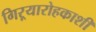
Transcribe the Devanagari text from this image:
गिऱ्यारोहकाशी